Black-water fever - Number 35
Disease focus: Fever
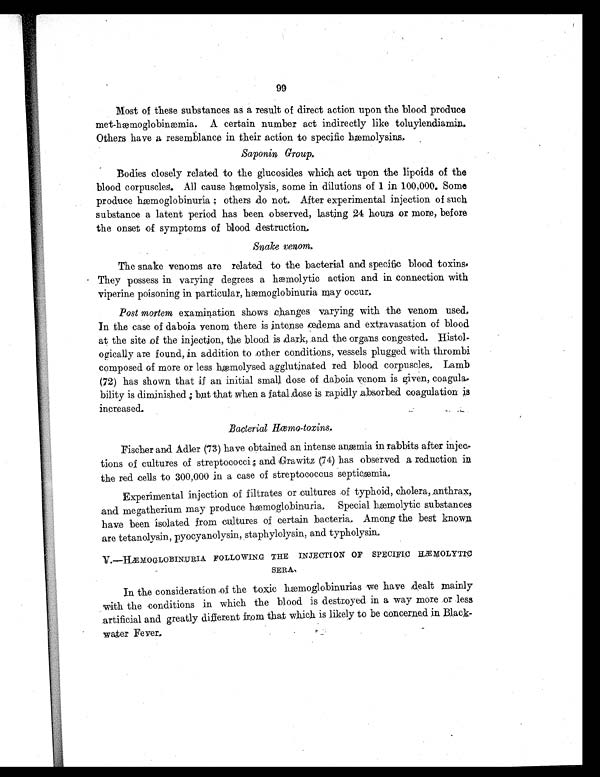
99
Most of these substances as a result of direct action upon the blood produce
met-hæmoglobinæmia. A certain number act indirectly like toluylendiamin.
Others have a resemblance in their action to specific hæmolysins,
Saponin Group,
Bodies closely related to the glucosides which act upon the lipoids of the
blood corpuscles. All cause hæmolysis, some in dilutions of 1 i n 1 0 0 , 0 0 0 , S o m e
produce hæmoglobinuria ; others do not. After experimental injection of such
substance a latent period has been observed, lasting 24 hours or more, before
the onset of symptoms of blood destruction.
Snake venom.
The snake venoms are related to the bacterial and specific blood toxins
. They possess in varying degrees a hæmolytic action and in connection with
viperine poisoning in particular, hæmoglobinuria may occur,
Post mortem examination shows changes varying with the venom used,
In the case of daboia venom there is intense edema and extravasation of blood
at the site of the injection, the blood is dark, .and the organs congested, Histol-
ogically are found, in addition to other conditions, vessels plugged with thrombi
composed of more or less hæmolysed agglutinated red blood corpuscles. Lamb
(72) has shown that if an initial small dose of daboia venom is given, coagula-
bility is diminished ; but that when a fatal dose is rapidly absorbed coagulation is
increased.
Bacterial Hæmo-toxins..
Fischer and Adler (73) have obtained an intense anæmia in rabbits after injec-
t i o n s o f c u l t u r e s o f s t r e p t o c o c c i ; a n d G r a w i t z ( 7 4 ) h a s o b s e r v e d a r e d u c t i o n
i n
the red cells to 300,000 in a case of streptococcus septicæmia.
Experimental injection of filtrates or cultures of typhoid, cholera, anthrax,
and megatherium may produce hæmoglobinuria. Special hæmolytic substances
have been isolated from cultures of certain bacteria. Among the best known
are tetanolysin, pyocyanolysin, staphylolysin, and typholysin.
V.—HÆMOGLOBINURIA FOLLOWING 'THE INJECTION 0F SPECIFIC HÆMOLYTIC
SERA.
In the consideration of the toxic hæmoglobinurias we have dealt mainly
with the conditions in which the blood is destroyed in a way more or less
artificial and greatly different from that which is likely to be concerned in Black-
water Fever.